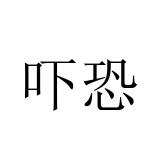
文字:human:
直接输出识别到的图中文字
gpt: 吓恐